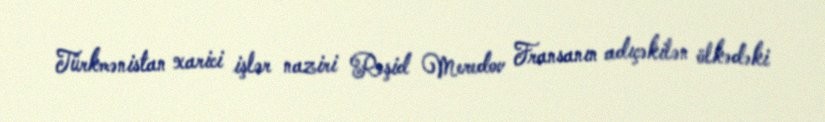
Türkmənistan xarici işlər naziri Rəşid Meredov Fransanın adıçəkilən ölkədəki